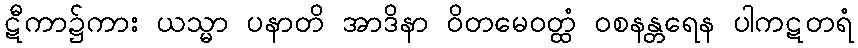
ဋီကာ၌ကား ယသ္မာ ပနာတိ အာဒိနာ ဝိတမေဝတ္ထံ ဝစနန္တရေန ပါကဋတရံ